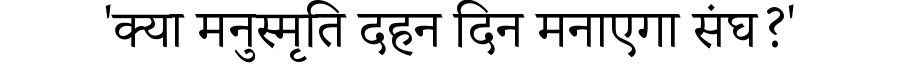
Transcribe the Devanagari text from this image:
'क्या मनुस्मृति दहन दिन मनाएगा संघ?'